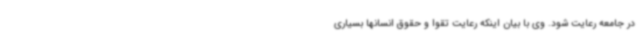
در جامعه رعایت شود. وی با بیان اینکه رعایت تقوا و حقوق انسانها بسیاری